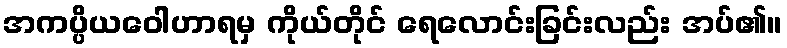
အကပ္ပိယဝေါဟာရမှ ကိုယ်တိုင် ရေလောင်းခြင်းလည်း အပ်၏။